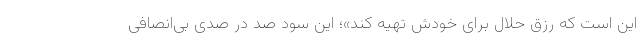
این است که رزق حلال برای خودش تهیه کند»؛ این سود صد در صدی بی‌انصافی